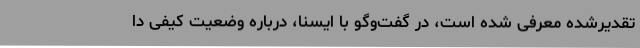
تقدیرشده معرفی شده است، در گفت‌وگو با ایسنا، درباره وضعیت کیفی دا